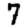
Digit: 7